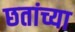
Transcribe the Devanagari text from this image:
छतांच्या